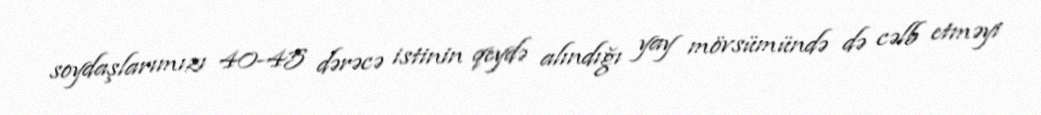
soydaşlarımızı 40-45 dərəcə istinin qeydə alındığı yay mövsümündə də cəlb etməyi